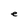
Character: e